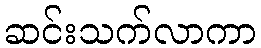
ဆင်းသက်လာကာ